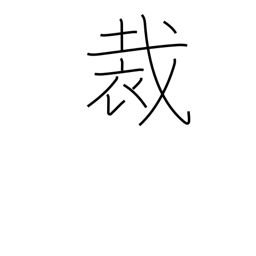
Meaning: decision